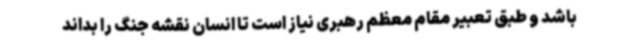
باشد و طبق تعبیر مقام معظم رهبری نیاز است تا انسان نقشه جنگ را بداند